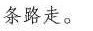
条路走。